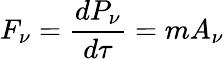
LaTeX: F_{\nu}={\frac{dP_{\nu}}{d\tau}}=mA_{\nu}